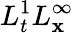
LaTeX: L_{t}^{1}L_{\mathbf{x}}^{\infty}